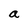
Character: a